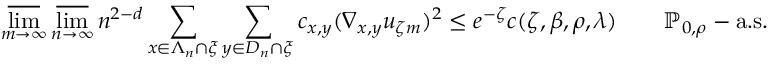
\varlimsup _ { m \rightarrow \infty } \varlimsup _ { n \rightarrow \infty } n ^ { 2 - d } \sum _ { x \in \Lambda _ { n } \cap \xi } \sum _ { y \in D _ { n } \cap \xi } c _ { x , y } ( \nabla _ { x , y } u _ { \zeta m } ) ^ { 2 } \leq e ^ { - \zeta } c ( \zeta , \beta , \rho , \lambda ) \qquad { \ensuremath { \mathbb P } } _ { 0 , \rho } - \mathrm { a . s . }